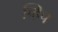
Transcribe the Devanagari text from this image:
च्हिप